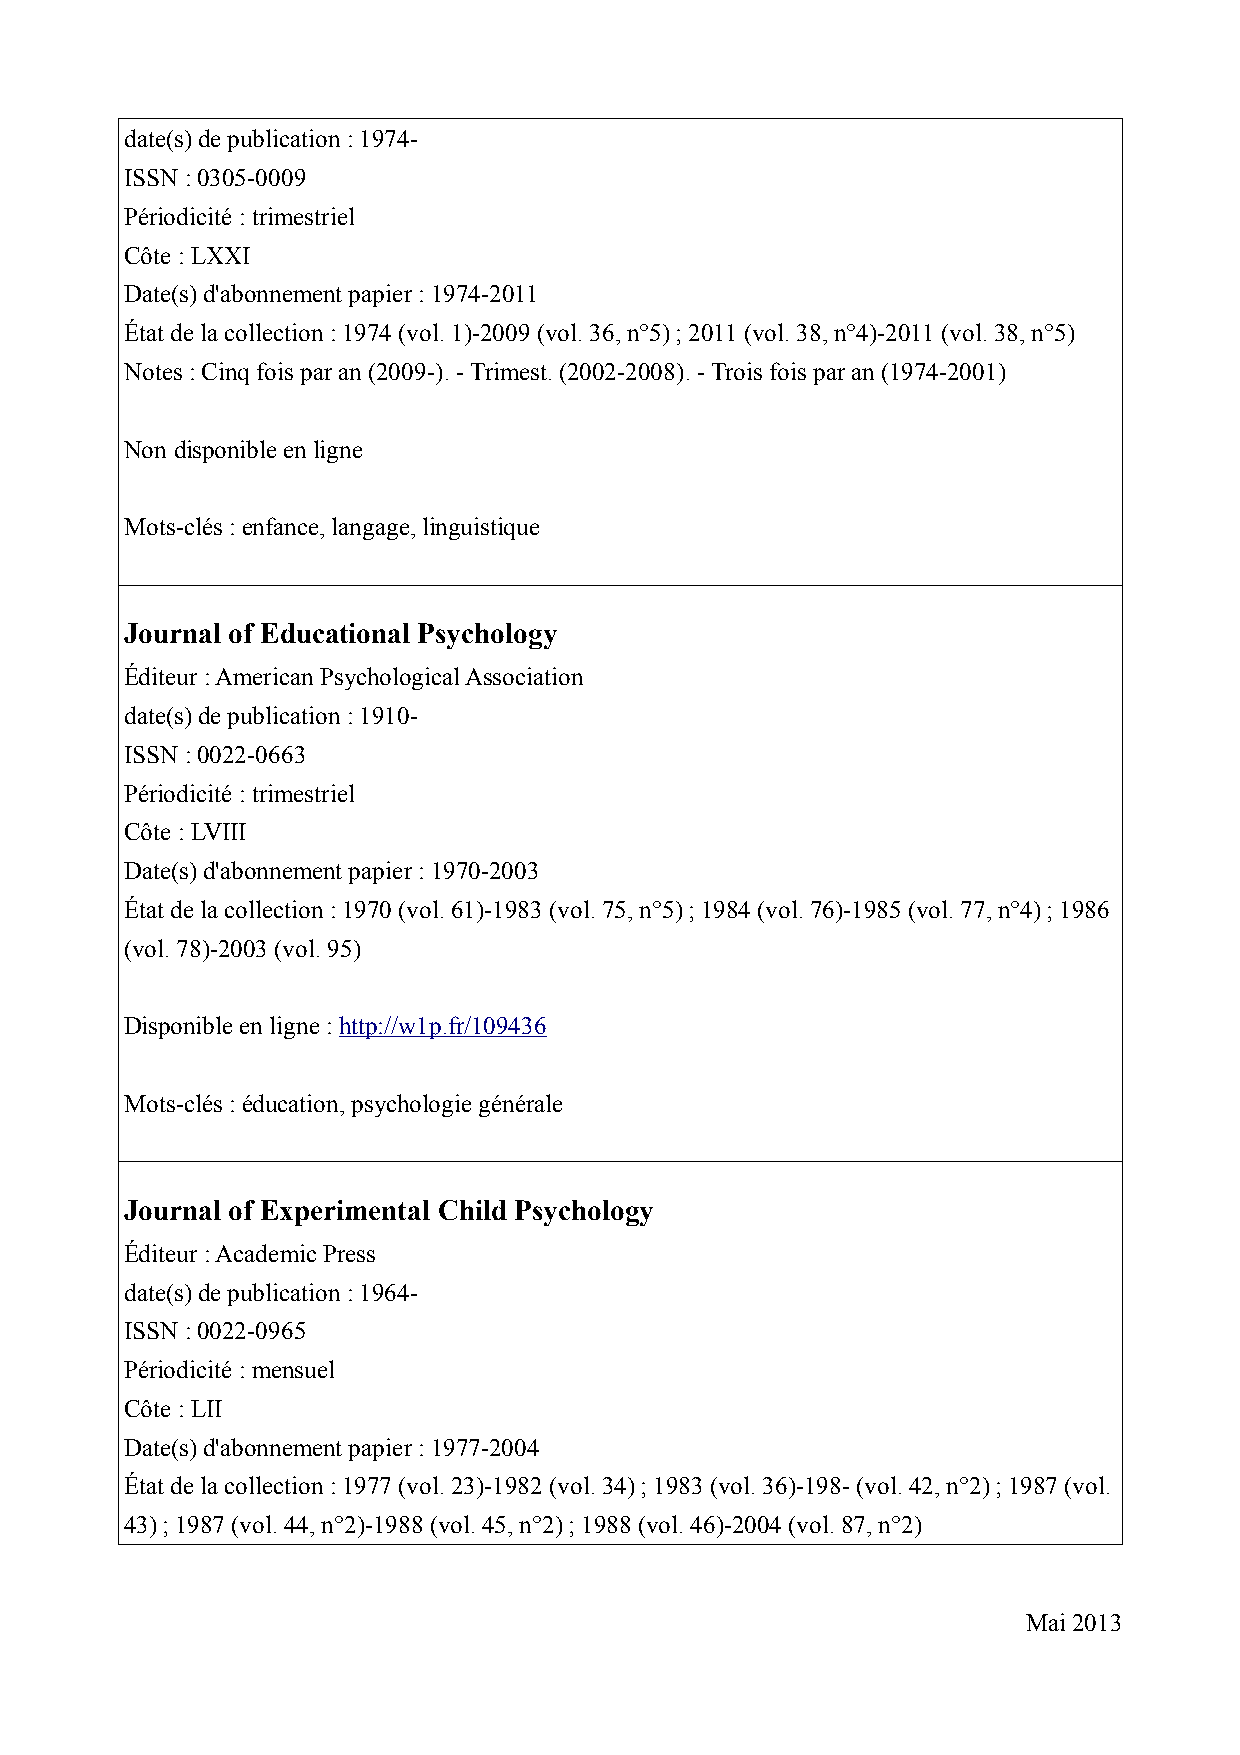
date(s) de publication : 1974-
 ISSN : 0305-0009
 Périodicité : trimestriel
 Côte : LXXI
 Date(s) d'abonnement papier : 1974-2011
 État de la collection : 1974 (vol. 1)-2009 (vol. 36, n°5) ; 2011 (vol. 38, n°4)-2011 (vol. 38, n°5)
 Notes : Cinq fois par an (2009-). - Trimest. (2002-2008). - Trois fois par an (1974-2001)
 Non disponible en ligne
 Mots-clés : enfance, langage, linguistique
 Journal of Educational Psychology
 Éditeur : American Psychological Association
 date(s) de publication : 1910-
 ISSN : 0022-0663
 Périodicité : trimestriel
 Côte : LVIII
 Date(s) d'abonnement papier : 1970-2003
 État de la collection : 1970 (vol. 61)-1983 (vol. 75, n°5) ; 1984 (vol. 76)-1985 (vol. 77, n°4) ; 1986
 (vol. 78)-2003 (vol. 95)
 Disponible en ligne : http://w1p.fr/109436
 Mots-clés : éducation, psychologie générale
 Journal of Experimental Child Psychology
 Éditeur : Academic Press
 date(s) de publication : 1964-
 ISSN : 0022-0965
 Périodicité : mensuel
 Côte : LII
 Date(s) d'abonnement papier : 1977-2004
 État de la collection : 1977 (vol. 23)-1982 (vol. 34) ; 1983 (vol. 36)-198- (vol. 42, n°2) ; 1987 (vol.
 43) ; 1987 (vol. 44, n°2)-1988 (vol. 45, n°2) ; 1988 (vol. 46)-2004 (vol. 87, n°2)
 Mai 2013